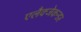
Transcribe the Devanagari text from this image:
एलैक्जेकन्डर